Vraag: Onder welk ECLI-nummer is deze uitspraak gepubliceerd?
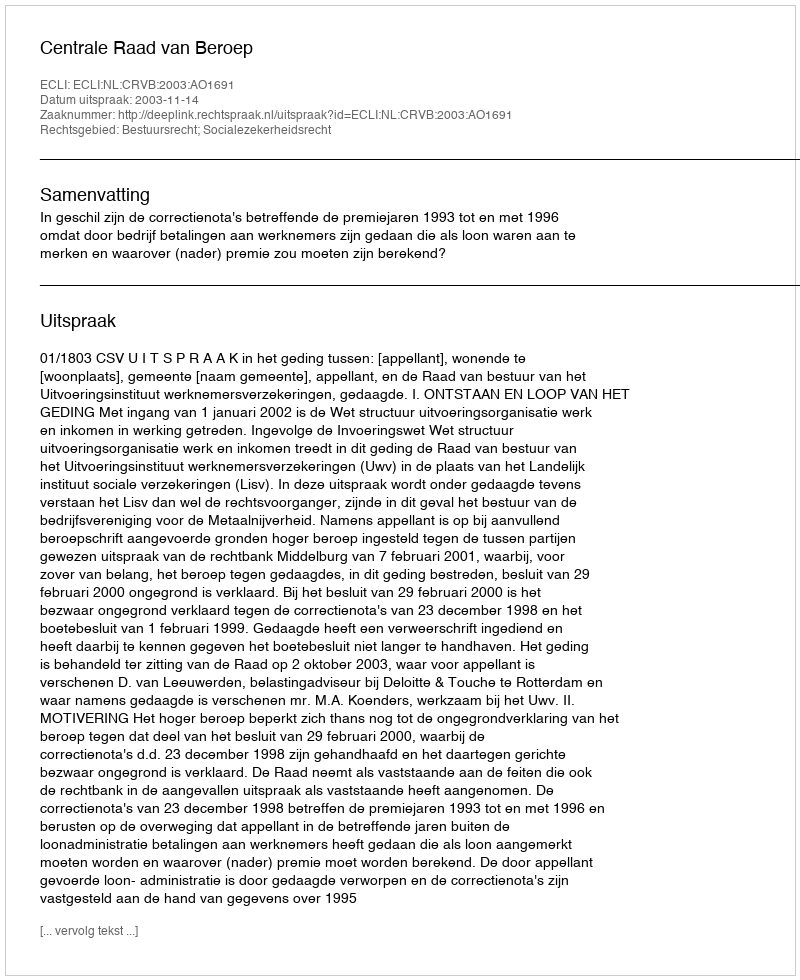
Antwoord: ECLI:NL:CRVB:2003:AO1691